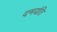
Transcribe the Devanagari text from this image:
दमयंति